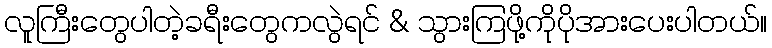
လူကြီးတွေပါတဲ့ခရီးတွေကလွဲရင် & သွားကြဖို့ကိုပိုအားပေးပါတယ်။